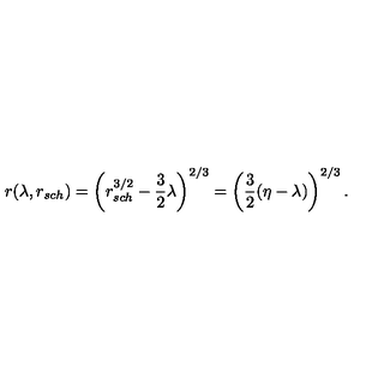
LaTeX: r ( \lambda , r _ { s c h } ) = \left( r _ { s c h } ^ { 3 / 2 } - { \frac { 3 } { 2 } } \lambda \right) ^ { 2 / 3 } = \left( { \frac { 3 } { 2 } } ( \eta - \lambda ) \right) ^ { 2 / 3 } .